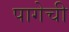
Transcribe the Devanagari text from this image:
पागेची